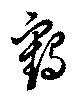
鶴